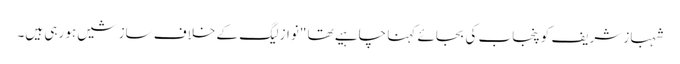
شہباز شریف کو پنجاب کی بجائے کہنا چاہیے تھا "نواز لیگ کے خلاف سازشیں ہو رہی ہیں۔